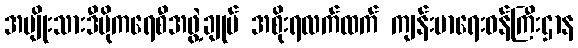
အမျိုးသားဒီမိုကရေစီအဖွဲ့ချုပ် အစိုးရလက်ထက် ကျန်းမာရေးဝန်ကြီးဌာန